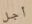
أجل